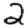
Digit: 2